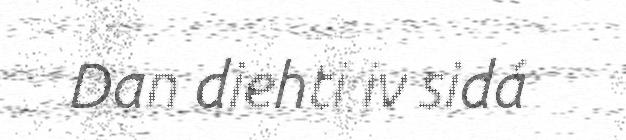
Dan diehti iv sidá